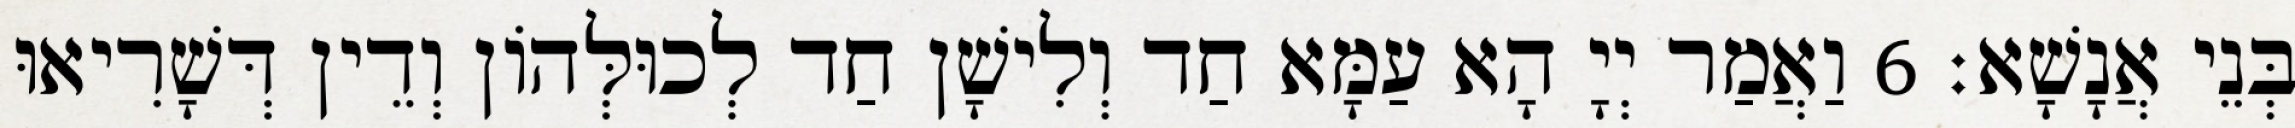
בְּנֵי אֲנָשָׁא׃ 6 וַאֲמַר יְיָ הָא עַמָּא חַד וְלִישָׁן חַד לְכוּלְּהוֹן וְדֵין דְּשָׁרִיאוּ